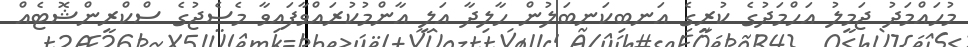
މުހައްމަދު ޖަމީލު އަހްމަދުގެ ކުރީގެ އަނބިކަނބަލުން ހާލިދާ އަލީ އާންމުކުރައްވާފައިވާ މެސެޖުގެ ސްކްރީންޝޮޓެއް